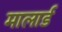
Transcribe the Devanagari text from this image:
मालार्ड